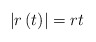
\begin{align*}\left\vert r\left( t\right) \right\vert =rt\end{align*}